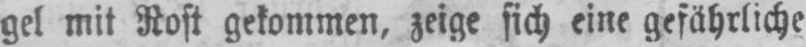
gel mit Rost gekommen, zeige sich eine gefährliche